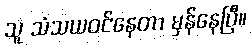
သူ သံသယဝင်နေတာ မှန်နေပြီ။